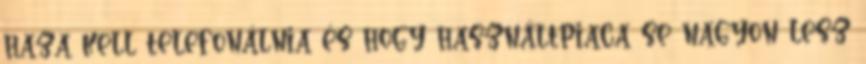
haza kell telefonálnia és hogy használtpiaca se nagyon lesz